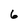
Character: 6